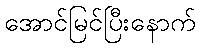
အောင်မြင်ပြီးနောက်